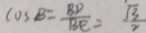
\cos B = \frac { B D } { B E } = \frac { \sqrt { 3 } } { 2 }